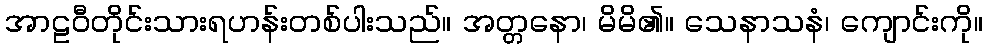
အာဠဝီတိုင်းသားရဟန်းတစ်ပါးသည်။ အတ္တနော၊ မိမိ၏။ သေနာသနံ၊ ကျောင်းကို။